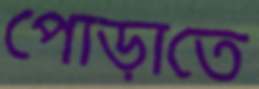
পোড়াতে